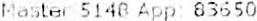
MASTER 5148 APP: 83650